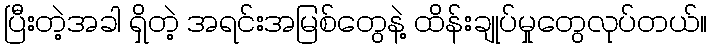
ပြီးတဲ့အခါ ရှိတဲ့ အရင်းအမြစ်တွေနဲ့ ထိန်းချုပ်မှုတွေလုပ်တယ်။